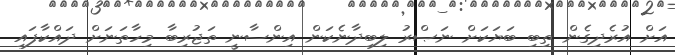
އަށް އުރެދިގެން ތިބި ބަޔަކަށް ނަޞްރު ލިބިދާނެކަން އިންސާނީ ތަޖުރިބާ މިހާތަނަށް ދައްކާފައި